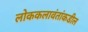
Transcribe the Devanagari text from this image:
लोककलावंतांकडील